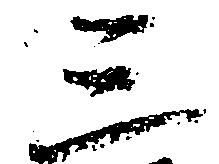
三